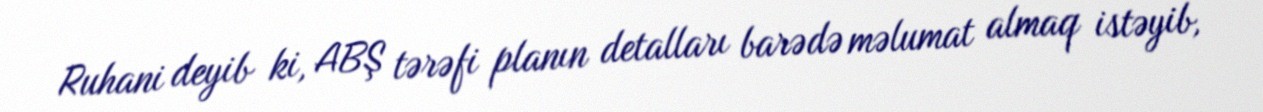
Ruhani deyib ki, ABŞ tərəfi planın detalları barədə məlumat almaq istəyib,